Report on sanitation, dispensaries, and jails in Rajputana for 1918, and on vaccination for the year 1918-1919 - 1918-1919
Year: 1918
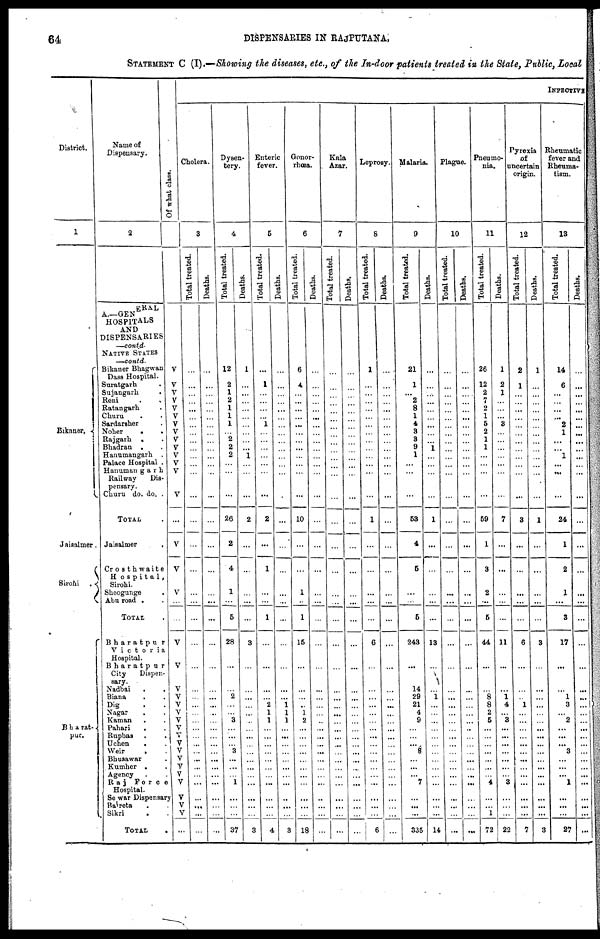
64
DISPENSARIES IN RAJPUTANA.
STATEMENT C (I).—Showing the diseases, etc., of the In-door patients treated in the State, Public, Local
District.
1
Bikaner.
Jaisalmer.
Sirohi
.
Bharat¬
pur.
Name of
Dispensary.
2
A.—GENERAL
HOSPITALS
AND
DISPENSARIES
—contd.
NATIVE STATES
—contd.
Bikaner Bhagwan
Dass Hospital.
Suratgarh .
Sujangarh .
Reni . .
Ratangarh .
Churu . .
Sardarsher .
Noher . .
Rajgarh . .
Bhadran . .
Hanumangarh .
Palace Hospital .
Hanumangar
Railway Dis¬
pensary.
Churu do. do. .
TOTAL .
Jaisalmer .
Crosthwaite
Hospital ,
Sirohi.
Sheogunge .
Abu road . .
TOTAL .
Bharatpur
Victoria
Hospital.
Bharatpur
City Dispen¬
sary.
Nadbai . .
Biana . .
Dig . .
Nagar . .
Kaman . .
Pahari . .
Rupbas . .
Uchen . .
Weir . .
Bhusawar . .
Kumher . .
Agency . .
Raj Force
Hospital.
Sewar Dispensary
Rajreta . .
Sikri . .
TOTAL .
Of what class.
V
V
V
V
V
V
V
V
V
V
V
V
V
V
...
V
V
V
...
...
V
V
V
V
V
V
V
V
V
V
V
V
V
V
V
V
V
V
...
INFECTIVE
Cholera.
3
Total treated.
...
...
...
...
...
...
...
...
...
...
...
...
...
...
...
...
...
...
...
...
...
...
...
...
...
...
... ...
...
... ...
...
...
...
...
...
...
...
...
Deaths.
...
...
...
...
...
...
...
...
...
...
...
...
...
...
...
...
...
...
...
...
...
...
...
...
...
...
...
...
...
...
...
...
...
...
...
...
...
...
...
Dysen-
tery.
4
Total treated.
12
2
1
2
1
1
1
...
2
2
2
...
...
...
26
2
4
1
...
5
28
...
... 2
...
...
3
...
...
...
3
...
...
...
1
...
...
...
37
Deaths.
1
...
...
...
...
...
...
...
...
...
1
...
...
...
2
...
...
...
...
...
3
...
...
...
...
...
...
...
...
...
...
...
...
...
...
...
...
...
3
Enteric
fever.
5
Total treated.
...
1
...
...
...
...
1
...
...
...
...
...
...
...
2
...
1
...
...
1
...
...
...
...
2
1
1
...
...
...
...
...
...
...
...
...
...
...
4
Deaths.
...
...
...
...
...
...
...
...
...
...
...
...
...
...
...
...
...
...
...
...
...
...
...
...
1
1
1
...
...
...
...
...
...
...
...
...
...
...
3
Gonor-
rhœa.
6
Total treated.
6
4
...
...
...
...
...
...
...
...
...
...
...
...
10
...
...
1
...
1
15
...
...
...
...
1
2
...
...
...
...
...
...
...
...
...
...
...
18
Deaths.
...
...
...
...
...
...
...
...
...
...
...
...
...
...
...
...
...
...
...
...
...
...
...
...
...
...
...
...
...
...
...
...
...
...
...
...
...
...
...
Kala
Azar.
7
Total treated.
...
...
...
...
...
...
...
...
...
...
...
...
...
...
...
...
...
...
...
...
...
...
...
...
...
...
...
...
...
...
...
...
...
...
...
...
...
...
...
Deaths.
...
...
...
...
...
...
...
...
...
...
...
...
...
...
...
...
...
...
...
...
...
...
...
...
...
...
...
...
...
...
...
...
...
...
...
...
...
...
...
Leprosy.
8
Total treated.
1
...
...
...
...
...
...
...
...
...
...
...
...
...
1
...
...
...
...
...
6
...
...
...
...
...
...
...
...
...
...
...
...
...
...
...
...
...
6
Deaths.
...
...
...
...
...
...
...
...
...
...
...
...
...
...
...
...
...
...
...
...
...
...
...
...
...
...
...
...
...
...
...
...
...
...
...
...
...
...
...
Malaria.
9
Total treated.
21
1
...
2
8
1
4
3
3
9
1
...
...
...
53
4
5
...
...
5
243
...
14
29
21
4
9
...
...
... 8
...
...
...
7
...
...
...
335
Deaths.
...
...
...
...
...
...
...
...
...
1
...
...
...
...
1
...
...
...
...
...
13
...
... 1
...
...
...
...
...
...
...
...
...
...
...
...
...
...
14
Plague.
10
Total treated.
...
...
...
...
...
...
...
...
...
...
...
...
...
...
...
...
...
...
...
...
...
...
...
...
...
...
...
...
...
...
...
...
...
...
...
...
...
...
...
Deaths.
...
...
...
...
...
...
...
...
...
...
...
...
...
...
...
...
...
...
...
...
...
...
...
...
...
...
...
...
...
...
...
...
...
...
...
...
...
...
...
Pneumo-
nia.
11
Total treated.
26
12
2
7
2
1
5
2
1
1
...
...
...
...
59
1
3
2
...
5
44
...
... 8
8
2
5
...
...
...
...
...
...
...
4
...
...
1
72
Deaths.
1
2
1
...
...
...
3
...
...
...
...
...
...
...
7
...
...
...
...
...
11
...
... 1
4
...
3
...
...
...
...
...
...
...
3
...
...
...
22
Pyrexia
of
uncertain
origin.
12
Total treated.
2
1
...
...
...
...
...
...
...
...
...
...
...
...
3
...
...
...
...
...
6
...
...
...
1
...
...
...
...
...
...
...
...
...
...
...
...
...
7
Deaths.
1
...
...
...
...
...
...
...
...
...
...
...
...
...
1
...
...
...
...
...
3
...
...
...
...
...
...
...
...
...
...
...
...
...
...
...
...
...
3
Rheumatic
fever and
Rheuma-
tism.
13
Total treated.
14
6
...
...
...
...
2
1
...
...
1
...
...
...
24
1
2
1
...
3
17
...
...
1
3
...
2
...
...
...
3
...
...
...
1
...
...
...
27
Deaths.
...
...
...
...
...
...
...
...
...
...
...
...
...
...
...
...
...
...
...
...
...
...
...
...
...
...
...
...
...
...
...
...
...
...
...
...
...
...
...